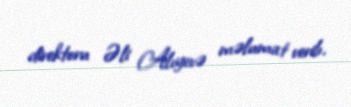
direktoru Əli Alıyevə məlumat verib.